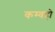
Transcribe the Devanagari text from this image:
कम्वहो